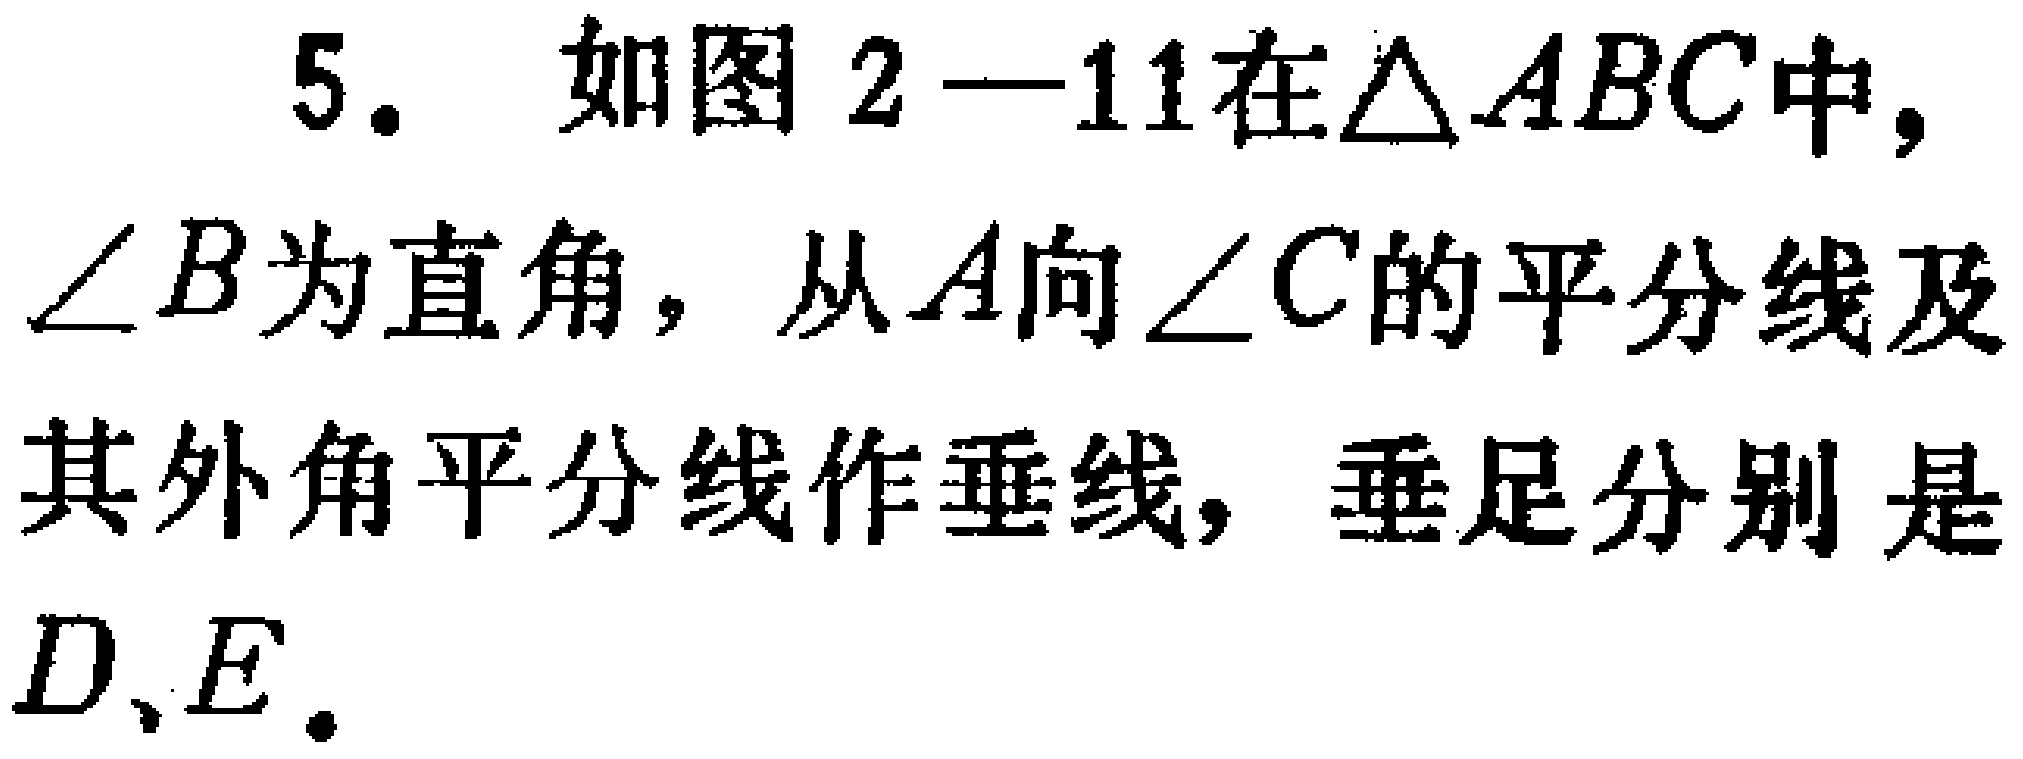
5. 如图2—11在$\triangle ABC$中，$\angle B$为直角，从$A$向$\angle C$的平分线及其外角平分线作垂线，垂足分别是$D、E$.